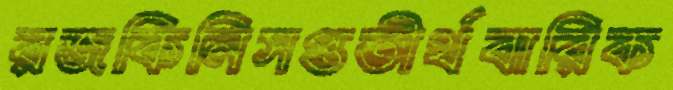
রজকিনিসপ্ততীর্থবারিক